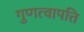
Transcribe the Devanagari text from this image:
गुणत्वापत्ति